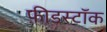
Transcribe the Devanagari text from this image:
फ़ीडस्टॉक